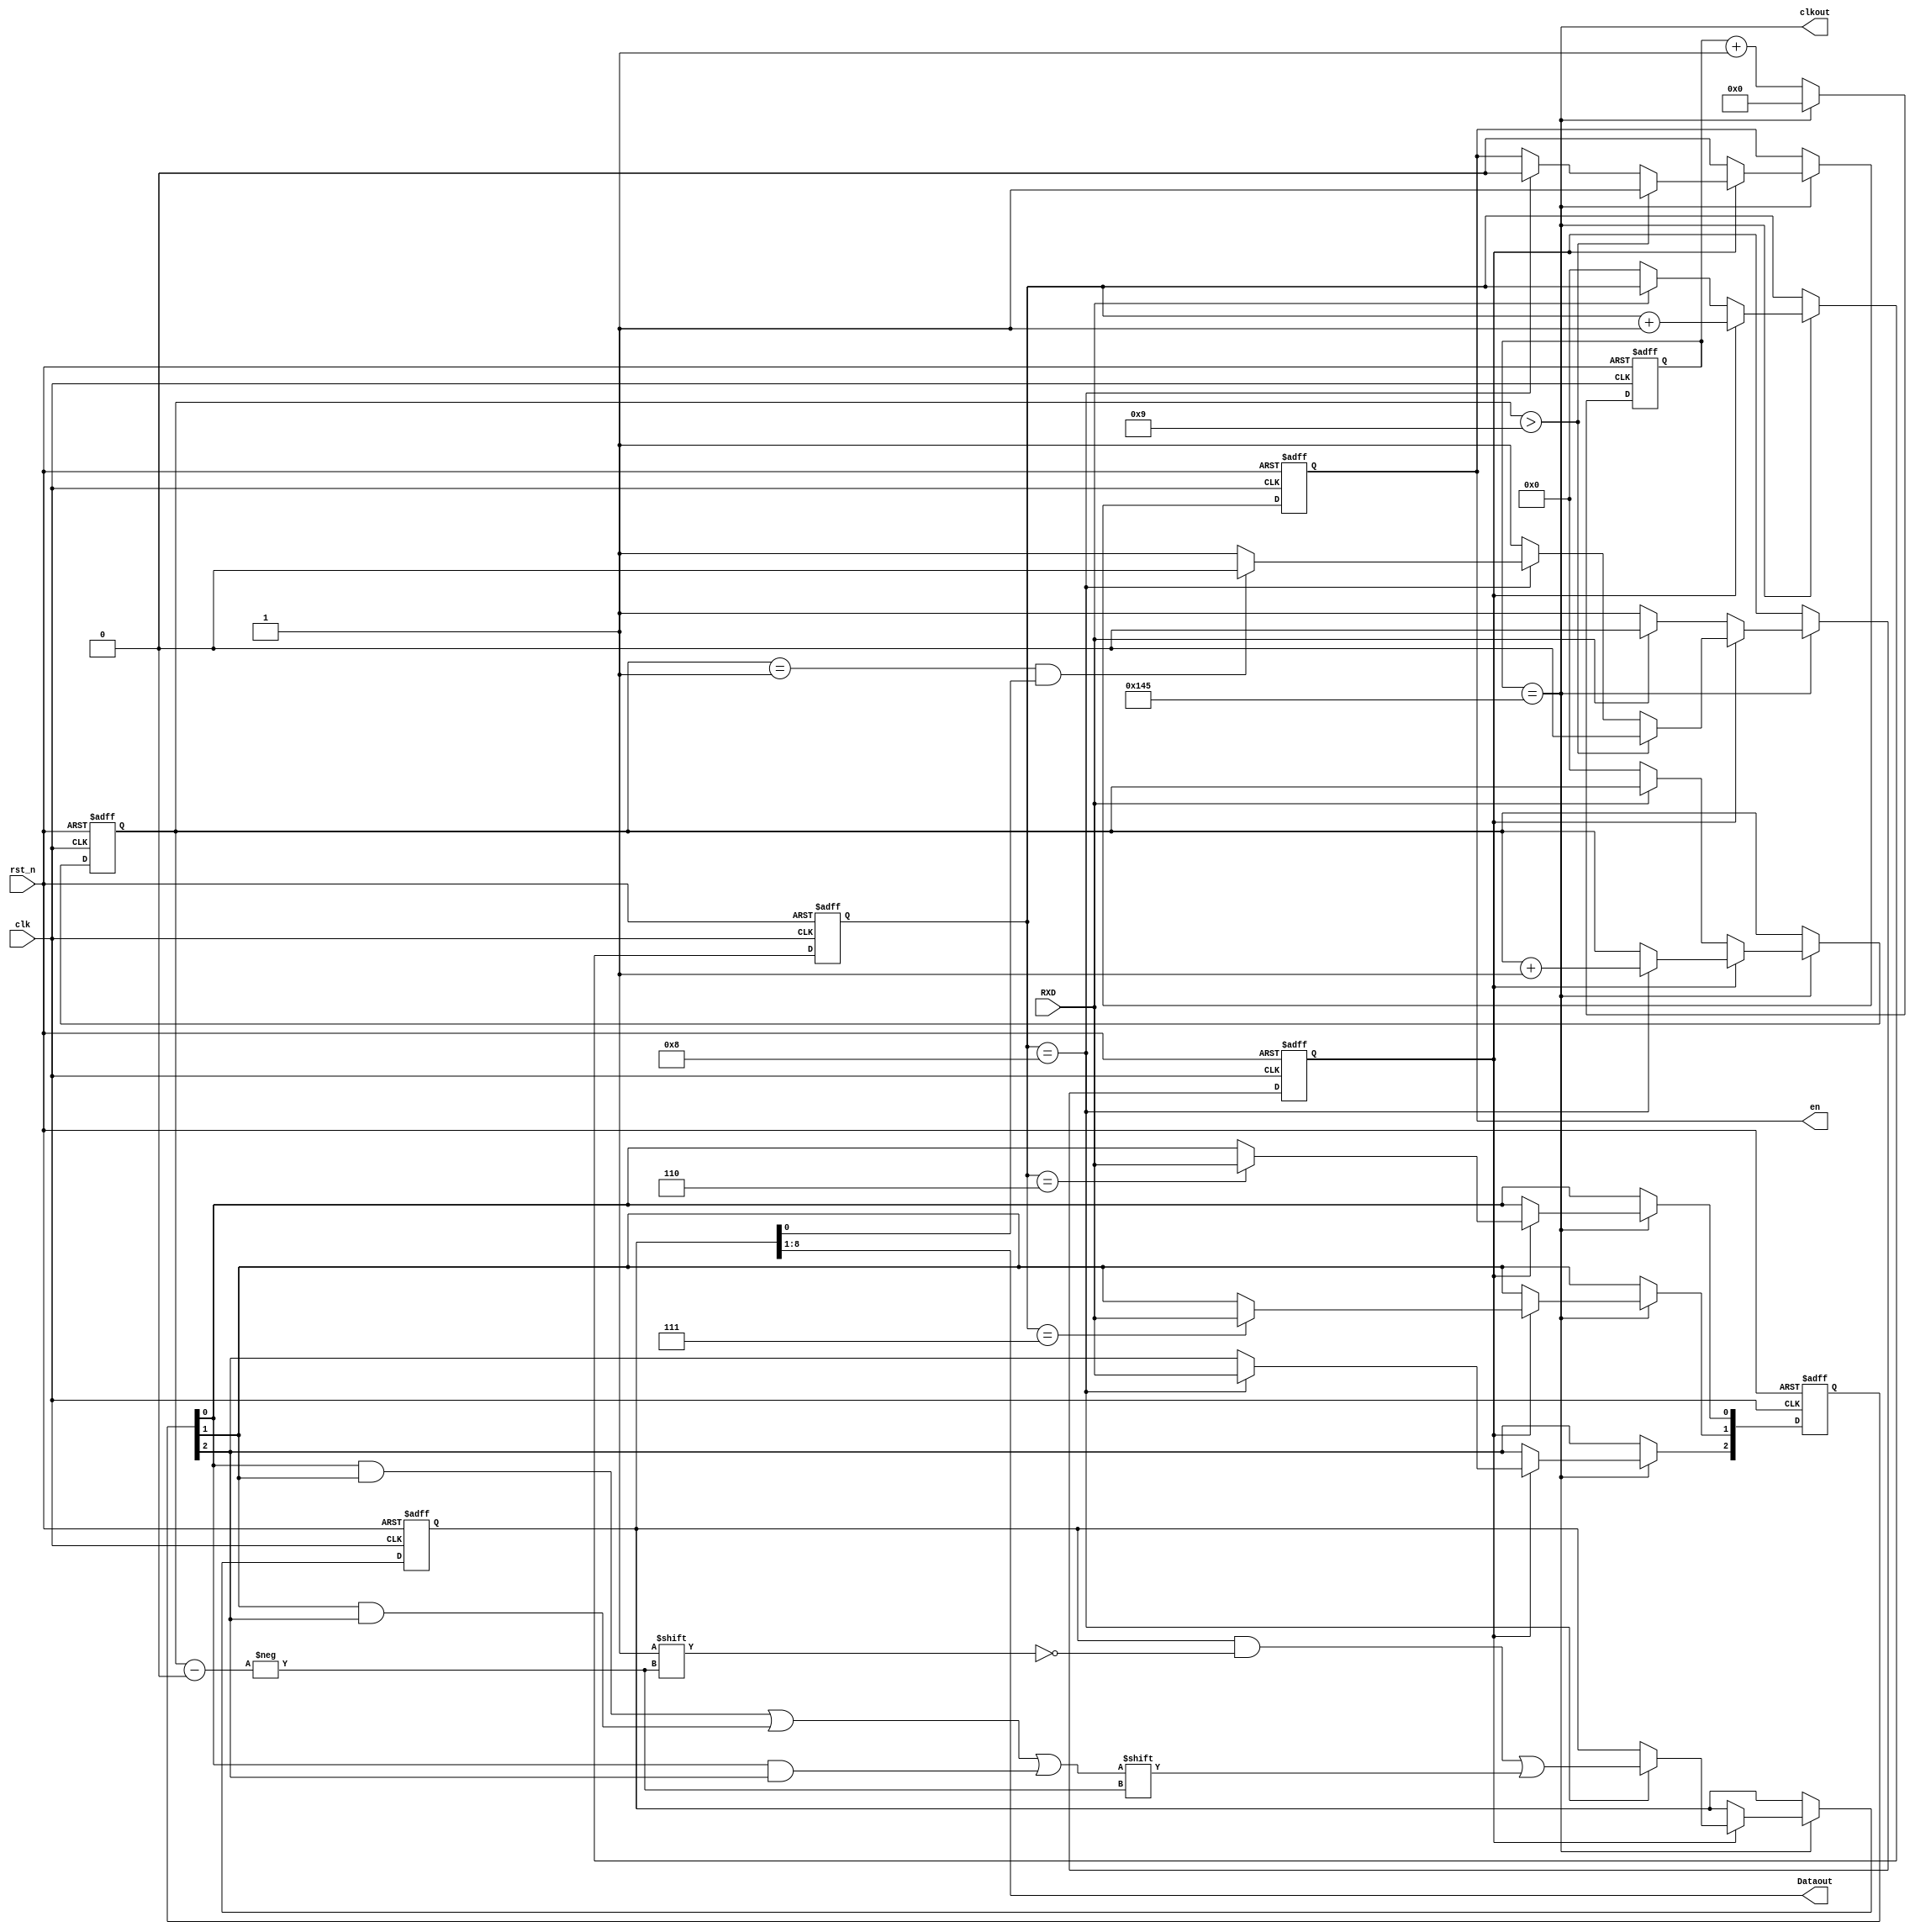
/********************rec*************************
**rec
**uart16
************************************************/
module rec(rst_n,clk,clkout,Dataout,RXD,en);
input 			clk,RXD,rst_n;									//
output 			clkout,en;									//
output	[7:0]	Dataout;		 						//
reg 			StartF,RI;									//
reg		[9:0] 	UartBuff;	 			 					//
reg		[3:0]	count,count_bit;							//
reg		[15:0] 	cnt;										//
reg		[2:0]	bit_collect;								//
reg en;
wire 	clk_equ,bit1,bit2,bit3,bit4;						//
parameter cout = 325;										//48M16*9600312.5,
/*****************************************/
always@(posedge clk or negedge rst_n)									//
begin
			if(!rst_n)begin
			cnt<=16'b0;
			end 
			else begin
	if(clk_equ)
		cnt <= 16'd0;
	else 
		cnt<=cnt+1'b1;
end
end

assign clk_equ = (cnt == cout);								//
assign clkout = clk_equ;

assign   bit1 = bit_collect[0]&bit_collect[1];				//
assign   bit2 = bit_collect[1]&bit_collect[2];				//
assign   bit3 = bit_collect[0]&bit_collect[2];				//
assign   bit4 = bit1|bit2|bit3;								//

always@(posedge clk or negedge rst_n)
begin
			if(!rst_n)begin
			StartF<=1'b1;
			RI<=1'b0;
			count<=4'b0;
			count_bit<=4'b0;
			bit_collect<=3'b0;
			UartBuff<=10'b0;
			en<=1'b0;
			end			
			else begin
	if(clk_equ)
	begin
		if(!StartF)											//
		begin
			if(!RXD)
			begin	
				count <= 4'b0;								//
				count_bit <=4'b0;
				RI<=1'b0;			
				StartF <= 1'b1;
				en<=1'b0;
			end
			else begin
			RI <= 1'b1;
			en<=1'b0;
			end
		end
		else 
		begin
			count <= count+1'b1;								//1
			if(count==4'd6)
				bit_collect[0] <= RXD;						//
			if(count==4'd7)
				bit_collect[1] <= RXD;						// 
			if(count==4'd8)
			begin
				bit_collect[2] <= RXD;						//
				UartBuff[count_bit] <= bit4;
				count_bit <= count_bit+1'b1;					//1
				if((count_bit==4'd1)&&(UartBuff[0]==1'b1))	//0
				begin
					StartF <= 1'b0;//		
				end
				RI <= 1'b0;//	
				en<=1'b0;
			end	
			if(count_bit>4'd9)								//
			begin	
				RI <= 1'b1;					//
				StartF <= 1'b0;
				en<=1'b1;
			end
		end
	end
end
end
	
assign  Dataout = UartBuff[8:1];						    // 
endmodule